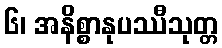
၆၊ အနိစ္စာနုပဿီသုတ္တ